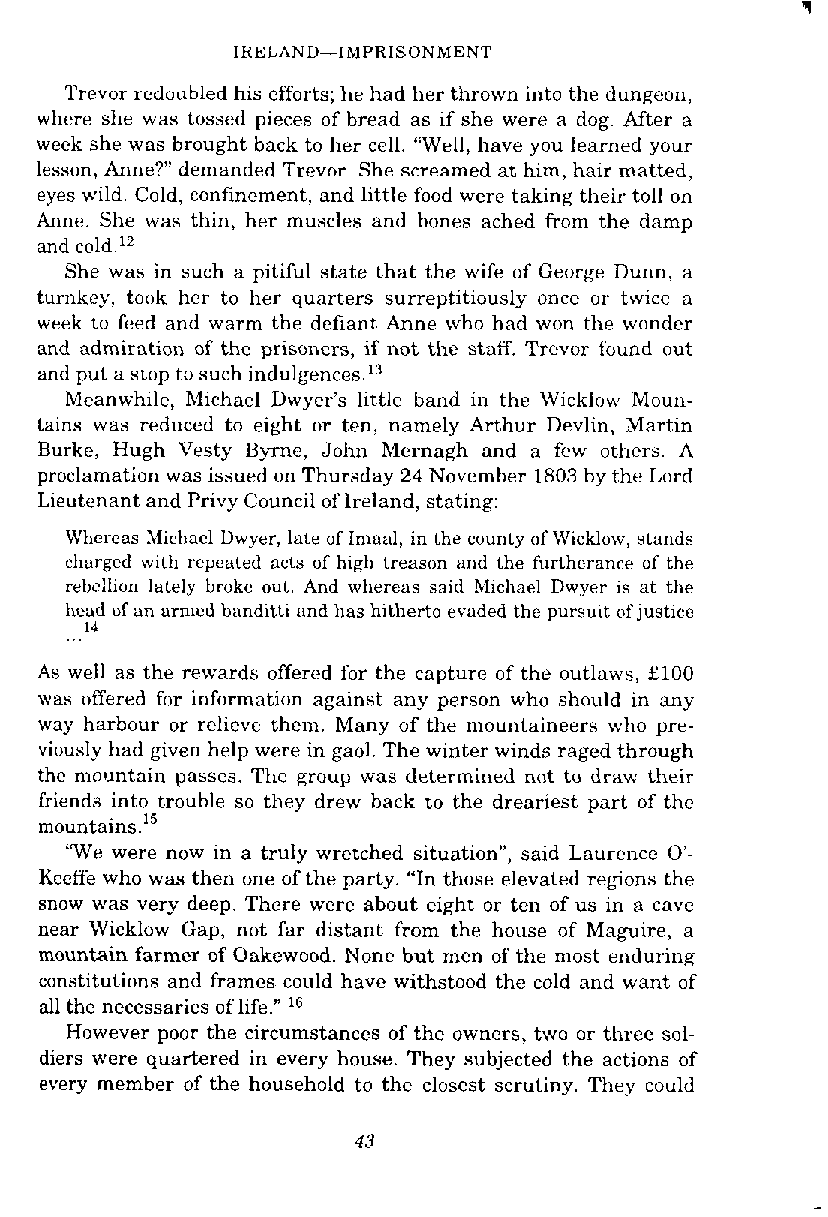
Trevor reduuhled his efforts; he had her thrown into the dungeon,
 where she was tossed pieces of bread as if she were a dog. After a
 week she was brought back to her cell. "Well, have you learned your
 lesson, Anne?" demanded Trevor. She screamed at him, hair matted,
 eyes wild. Cold, confinement, and little food were taking their toll on
 Anne. She was thin, her muscles and hones ached from the damp
 and cold.12
 She was in such a pitiful state that the wife of George Dunn, a
 turnkey, touk her to her quarters surreptitiously once or twice a
 week to feed and warm the defiant Anne who had won the wonder
 and admiration of the prisoners, if not the staff. Trevor found out
 and put a stop to such indulgence^.'^
 Meanwhile, Michael Dwyer's little band in the Wicklow Moun-
 tains was reduced to eight or ten, namely Arthur Devlin, Martin
 Burke, Hugh Vesty Byrne, John hlernagh and a few others. A
 proclamation was issued on Thursday 24 November 1803 by the Lord
 Lieutenant and Privy Council of Ireland, stating:
 Whereas Michael Uwyer, late of Imaal, in the county of Wicklow, stands
 charged with repeated acts of high treason and the furtherance of the
 rehellion lately broke nut. And whereas said Michael Dwyer is at the
 head of an armed banditti and has hitherto evaded the pursuit of justice
 . . . 14
 As well as the rewards offered for the capture of the outlaws, El00
 was offered for information against any person who should in any
 way harbour or relieve them. Many of the mountaineers who pre-
 viously had given help were in gaol. The winter winds raged through
 the mountain passes. The group was determined not to draw their
 friends into trouble so they drew back to the dreariest part of the
 mountains. 15
 'We were now in a truly wretched situation", said Laurence 0'-
 Keeffe who was then one of the party. "In those elevated regions the
 snow was very deep. There were about eight or ten of us in a cave
 near Wicklow Gap, not far distant from the house of Maguire, a
 mountain farmer of Oakewood. None but men of the most enduring
 constitutions and frames could have withstood the cold and want of
 all the necessaries of life." l6
 However poor the circumstances of the owners, two or three sol-
 diers were quartered in every house. They subjected the actions of
 every member of the household to the closest scrutiny. They could